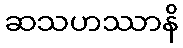
ဆသဟဿာနိ